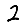
Digit: 2